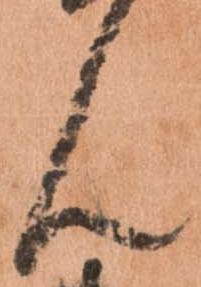
ん